Annual report on the working of the Harcourt Butler Institute of Public Health, Rangoon
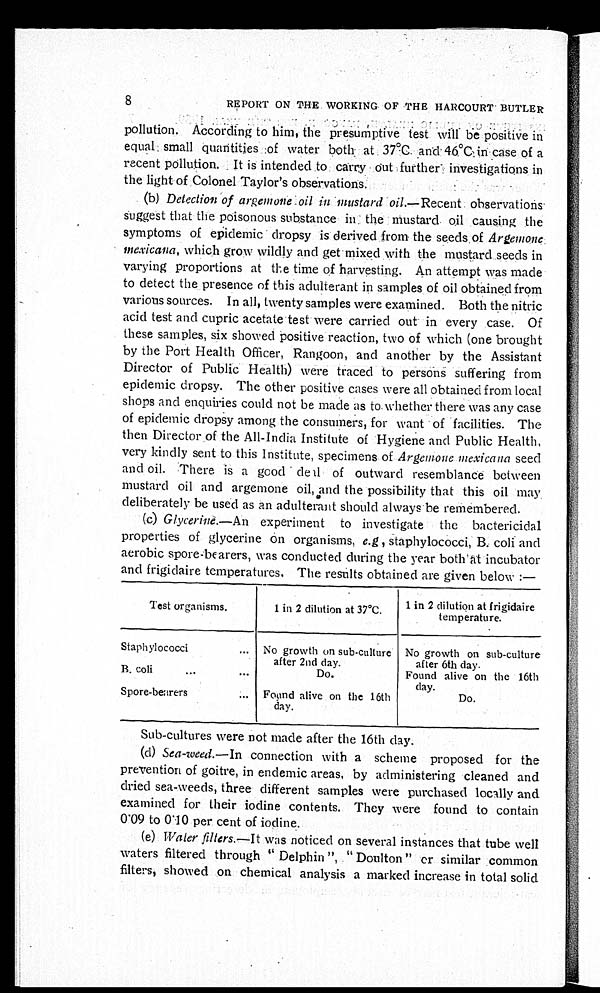
8
REPORT ON THE WORKING OF THE HARCOURT BUTLER
pollution. According to him, the presumptive test will be positive in
equal small quantities of water both at 37°C. and 46°C. in case of a
recent pollution. It is intended to carry out further investigations in
the light of Colonel Taylor's observations.
(b) Detection of argemone oil in mustard oil .—Recent observations
suggest that the poisonous substance in the Mustard oil causing the
symptoms of epidemic dropsy is derived from the seeds of Argemone
mexicana, which grow wildly and get mixed with the mustard seeds in
varying proportions at the time of harvesting. An attempt was made
to detect the presence of this adulterant in samples of oil obtained from
various sources. In all, twenty samples were examined. Both the nitric
acid test and cupric acetate test were carried out in every case.
O f t h e s e s a m p l e s , s i x s h o w e d p o s i t i v e r e a c t i o n , t w o o f w h i c h ( o n e b r o u g h t
by the Port Health Officer, Rangoon, and another by the Assistant
Director of Public Health) were traced to persons suffering from
epidemic dropsy. The other positive cases were all obtained from local
shops and enquiries could not be made as to whether there was any case
of epidemic dropsy among the consumers, for want of facilities. The
then Director of the All-India Institute of Hygiene and Public Health,
very kindly sent to this Institute, specimens of Argemone mexicana s e e d
and oil. There is a good dea1 of outward resemblance between
mustard oil and argemone oil, and the possibility that this oil may
deliberately be used as an adulterant should always be remembered.
(c)
Glycerinè.—An experiment to investigate the bactericidal
properties of glycerine on organisms, e. g , staphylococci, B. coli and
aerobic spore-bearers, was conducted during the year both at incubator
and frigidaire temperatures. The results obtained are given below :—
Test organisms.
1 in 2 dilution at 37°C.
1 in 2 dilution at frigidaire
temperature.
Staphylococci
... No growth on sub-culture
after 2nd day.
No growth on sub-culture
after 6th day
.
B. coli
...
...
Do.
Found alive on the 16th
day.
Spore-bearers
...
Found alive on the 16th
day.
Do.
Sub-cultures were not made after the 16th day.
(d) Sea-weed.—In connection with a scheme proposed for the
prevention of goitre, in endemic areas, by administering cleaned and
dried sea-weeds, three different samples were purchased locally and
examined for their iodine contents. They were found to contain
0.09 to 0.10 per cent of iodine.
(e) Water filters .—It was noticed on several instances that tube well
waters filtered through "Delphin", "Doulton" or similar common
filters, showed on chemical analysis a marked increase in total solid